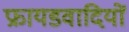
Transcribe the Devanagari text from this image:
फ्रायडवादियों